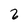
Character: 2